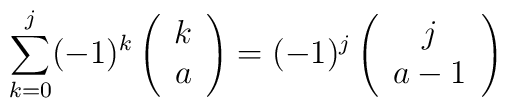
\sum_{k=0}^{j}(-1)^{k}\left(\begin{array}{c}k\\a\end{array}\right)=(-1)^{j}\left(\begin{array}{c}j\\a-1\end{array}\right)